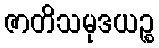
ဇာတိသမုဒယဉ္စ